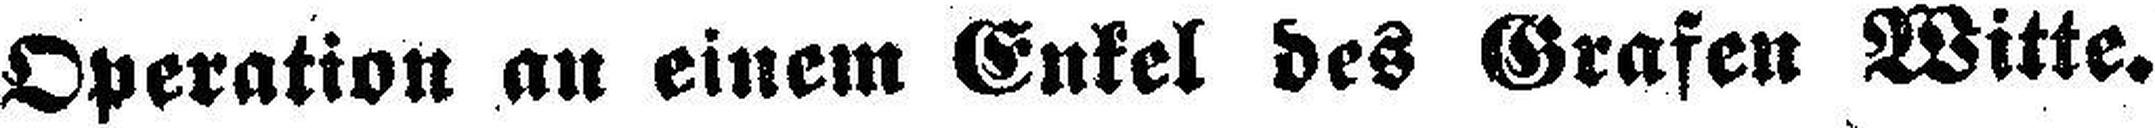
Operation an einem Enkel des Grafen Witte.